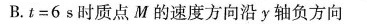
B.t=6s时质点M的速度方向沿y轴负方向